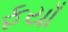
ફયાઁ